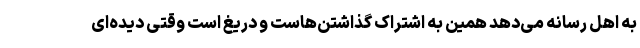
به اهل رسانه می‌دهد همین به اشتراک گذاشتن‌هاست و دریغ است وقتی دیده‌ای